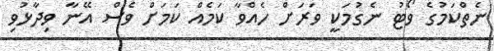
ނެތްކަމުގެ ވޯޓު ނެގުމަކީ ވަރަށް ހެއްވާ ކަމެއް ކަމަށް ވެސް އޭނާ ވިދާޅުވި